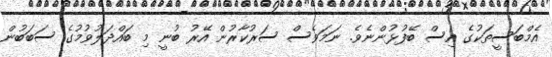
އެމްބަސީތަކުގެ އިސް ބޭފުޅުންނެވެ. ނަމަވެސް ސަރުކާރުން އޭރު ބުނީ މި ބައްދަލުވުމުގެ ސަބަބުން